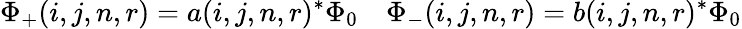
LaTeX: \Phi_{+}(i,j,n,r)=a(i,j,n,r)^{*}\Phi_{0}\quad\Phi_{-}(i,j,n,r)=b(i,j,n,r)^{*}\Phi_{0}